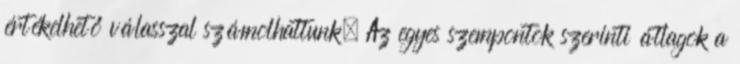
értékelhető válasszal számolhattunk. Az egyes szempontok szerinti átlagok a